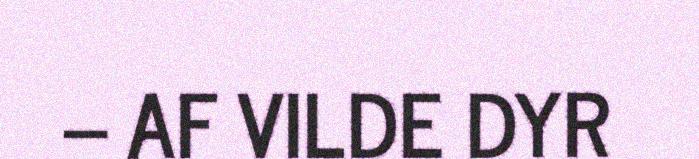
– AF VILDE DYR